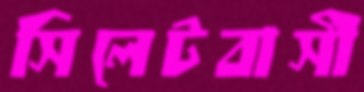
সিলেটবাসী